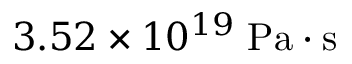
3 . 5 2 \times 1 0 ^ { 1 9 } \; \mathrm { P a \cdot s }